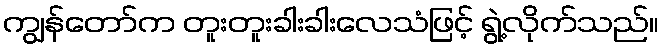
ကျွန်တော်က တူးတူးခါးခါးလေသံဖြင့် ရွဲ့လိုက်သည်။